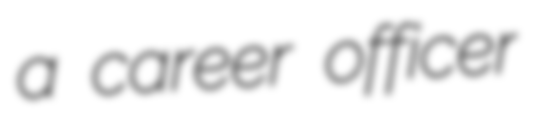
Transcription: a career officer